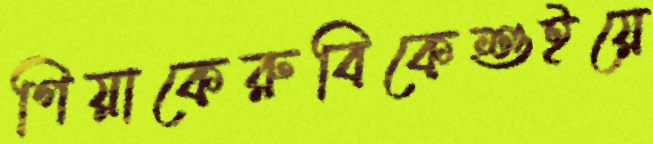
গিয়াকেরুবিকেশুইয়ে